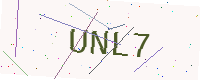
Text: UNL7